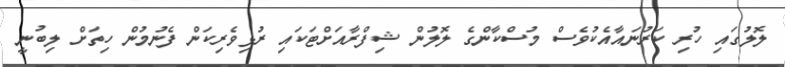
ލޮލުގައި ހުރި ކަރުނައާއެކުވެސް މުސްކާންގެ ލޮލުން ޝިފްރާއަށްޓަކައި ރުޅިވެރިކަން ފެނުމުން ހިތަށް ލިބުނީ